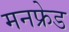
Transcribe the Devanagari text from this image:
मनफ्रेड